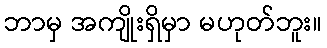
ဘာမှ အကျိုးရှိမှာ မဟုတ်ဘူး။